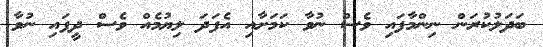
ބަދަލުކުރަން ނިންމާފައި ވެސް ނުވާ ކަމަށާއި އެފަދަ ލިޔުމެއް ވެސް ދީފައި ނުވާ